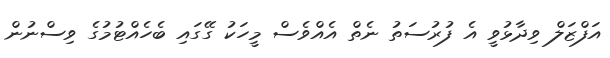
އަފްޒަލް ވިދާޅުވީ އެ ފުރުސަތު ނެތް އެއްވެސް މީހަކު ގޭގައި ބެހެއްޓުމުގެ ވިސްނުން